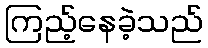
ကြည့်နေခဲ့သည်